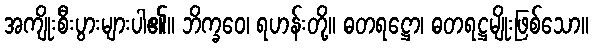
အကျိုးစီးပွားများပါ၏။ ဘိက္ခဝေ၊ ရဟန်းတို့။ ဓတရဋ္ဌော၊ ဓတရဋ္ဌမျိုးဖြစ်သော။